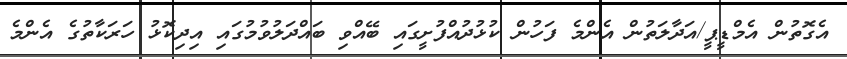
އެގޮތުން އެމްޑީޕީ/އަދާލަތުން އެންމެ ފަހުން ކުޅުދުއްފުށީގައި ބޭއްވި ބައްދަލުވުމުގައި އިދިކޮޅު ހަރަކާތުގެ އެންމެ